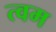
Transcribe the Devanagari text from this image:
त्वम